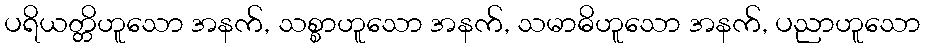
ပရိယတ္တိဟူသော အနက်, သစ္စာဟူသော အနက်, သမာဓိဟူသော အနက်, ပညာဟူသော